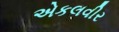
એકલવીર